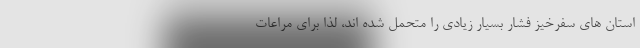
استان های سفرخیز فشار بسیار زیادی را متحمل شده اند، لذا برای مراعات